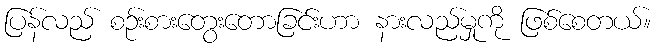
ပြန်လည် စဉ်းစားတွေးတောခြင်းဟာ နားလည်မှုကို ဖြစ်စေတယ်။